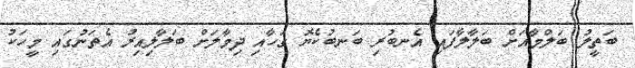
ބަތީލު ބަލްމާއަށް ބަލާލާފައި އެނބުރި ބަނބުކެޔޮ ގަހާއި ދިމާލަށް ބަލާލިއިރު އެތަނުގައި މީހަކު